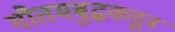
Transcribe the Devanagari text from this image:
गौतमबुद्धकडून